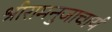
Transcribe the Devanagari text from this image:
श्रीरामनुजाचार्य